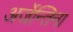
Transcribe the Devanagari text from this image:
अर्जेन्तिना